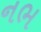
નભ